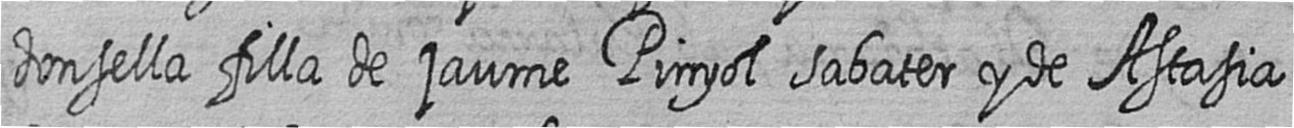
donsella filla de jaume Pinyol sabater y de Astasia